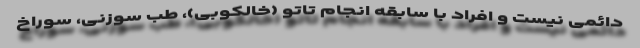
دائمی نیست و افراد با سابقه انجام تاتو (خالکوبی)، طب سوزنی، سوراخ